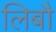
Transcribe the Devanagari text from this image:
लिबौ